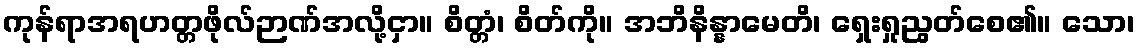
ကုန်ရာအရဟတ္တဖိုလ်ဉာဏ်အလို့ငှာ။ စိတ္တံ၊ စိတ်ကို။ အဘိနိန္နာမေတိ၊ ရှေးရှုညွတ်စေ၏။ သော၊